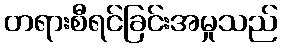
တရားစီရင်ခြင်းအမှုသည်